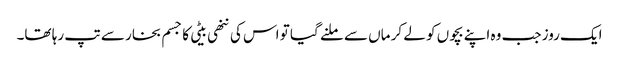
ایک روز جب وہ اپنے بچوں کو لے کر ماں سے ملنے گیا تو اس کی ننھی بیٹی کا جسم بخار سے تپ رہا تھا۔